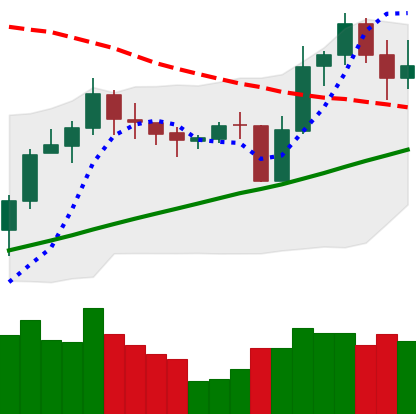
Ticker: LINK-USD
Chart end date: 2020-10-27
Forward return: -3.651%
Label: down_3_5